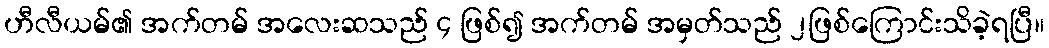
ဟီလီယမ်၏ အက်တမ် အလေးဆသည် ၄ ဖြစ်၍ အက်တမ် အမှတ်သည် ၂ဖြစ်ကြောင်းသိခဲ့ရပြီ။